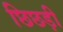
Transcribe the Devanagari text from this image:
छिछड़ी